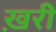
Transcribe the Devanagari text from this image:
ख़री